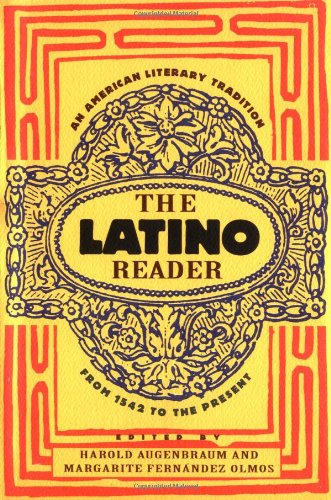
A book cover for The Latino Reader: An American Literary Tradition from 1542 to the Present; Literature & Fiction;